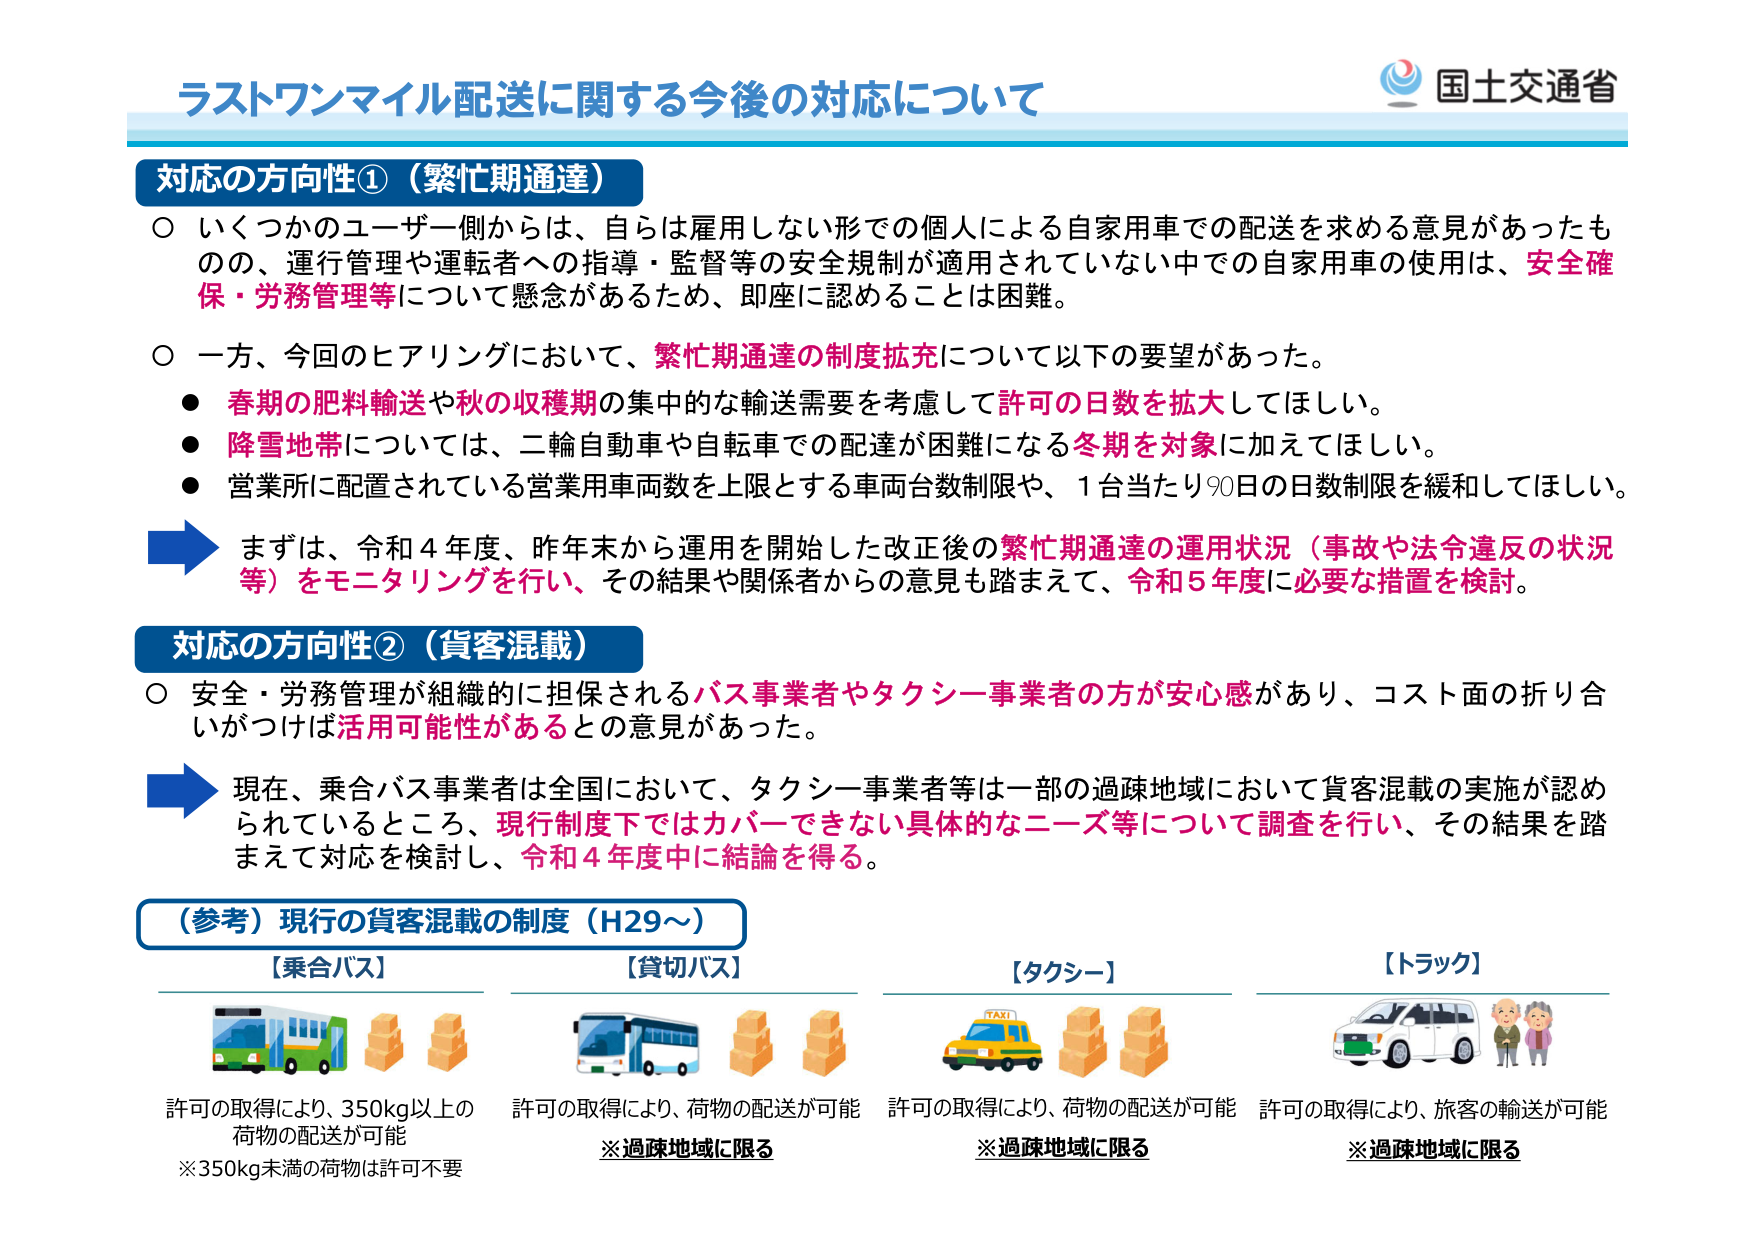
ラストワンマイル配送に関する今後の対応について

国土交通省

対応の方向性①（繁忙期通達）

○ いくつかのユーザー側からは、自らは雇用しない形での個人による自家用車での配送を求める意見があったものの、運行管理や運転者への指導・監督等の安全規制が適用されていない中での自家用車の使用は、安全確保・労務管理等について懸念があるため、即座に認めることは困難。

○ 一方、今回のヒアリングにおいて、繁忙期通達の制度拡充について以下の要望があった。
● 春期の肥料輸送や秋の収穫期の集中的な輸送需要を考慮して許可の日数を拡大してほしい。
● 降雪地帯については、二輪自動車や自転車での配達が困難になる冬期を対象に加えてほしい。
● 営業所に配置されている営業用車両数を上限とする車両台数制限や、1台当たり90日の日数制限を緩和してほしい。

→ まずは、令和4年度、昨年末から運用を開始した改正後の繁忙期通達の運用状況（事故や法令違反の状況等）をモニタリングを行い、その結果や関係者からの意見も踏まえて、令和5年度に必要な措置を検討。

対応の方向性②（貨客混載）

○ 安全・労務管理が組織的に担保されるバス事業者やタクシー事業者の方が安心感があり、コスト面の折り合いがつけば活用可能性があるとの意見があった。

→ 現在、乗合バス事業者は全国において、タクシー事業者等は一部の過疎地域において貨客混載の実施が認められているところ、現行制度下ではカバーできない具体的なニーズ等について調査を行い、その結果を踏まえて対応を検討し、令和4年度中に結論を得る。

（参考）現行の貨客混載の制度（H29～）

【乗合バス】
許可の取得により、350kg以上の荷物の配送が可能
※350kg未満の荷物は許可不要

【貸切バス】
許可の取得により、荷物の配送が可能
※過疎地域に限る

【タクシー】
許可の取得により、荷物の配送が可能
※過疎地域に限る

【トラック】
許可の取得により、旅客の輸送が可能
※過疎地域に限る